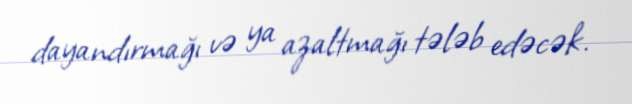
dayandırmağı və ya azaltmağı tələb edəcək.